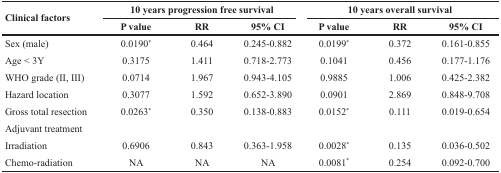
<table><thead><tr><td rowspan="2"><b>Clinical factors</b></td><td colspan="3"><b>10 years progression free survival</b></td><td colspan="3"><b>10 years overall survival</b></td></tr><tr><td><b>P value</b></td><td><b>RR</b></td><td><b>95% CI</b></td><td><b>P value</b></td><td><b>RR</b></td><td><b>95% CI</b></td></tr></thead><tbody><tr><td>Sex (male)</td><td>0.0190<sup>*</sup></td><td>0.464</td><td>0.245-0.882</td><td>0.0199<sup>*</sup></td><td>0.372</td><td>0.161-0.855</td></tr><tr><td>Age &lt; 3Y</td><td>0.3175</td><td>1.411</td><td>0.718-2.773</td><td>0.1041</td><td>0.456</td><td>0.177-1.176</td></tr><tr><td>WHO grade (II, III)</td><td>0.0714</td><td>1.967</td><td>0.943-4.105</td><td>0.9885</td><td>1.006</td><td>0.425-2.382</td></tr><tr><td>Hazard location</td><td>0.3077</td><td>1.592</td><td>0.652-3.890</td><td>0.0901</td><td>2.869</td><td>0.848-9.708</td></tr><tr><td>Gross total resection</td><td>0.0263<sup>*</sup></td><td>0.350</td><td>0.138-0.883</td><td>0.0152<sup>*</sup></td><td>0.111</td><td>0.019-0.654</td></tr><tr><td>Adjuvant treatment</td><td></td><td></td><td></td><td></td><td></td><td></td></tr><tr><td>Irradiation</td><td>0.6906</td><td>0.843</td><td>0.363-1.958</td><td>0.0028<sup>*</sup></td><td>0.135</td><td>0.036-0.502</td></tr><tr><td>Chemo-radiation</td><td>NA</td><td>NA</td><td>NA</td><td>0.0081<sup>*</sup></td><td>0.254</td><td>0.092-0.700</td></tr></tbody></table>